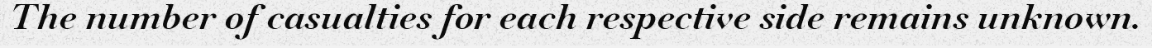
The number of casualties for each respective side remains unknown.